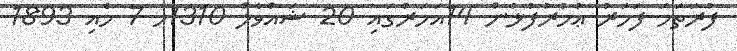
ފުރަތަމަ ފަހަރު ޢުމުރުފުޅުން 14އަހަރުގައި 20 ޝައްވާލް 1310ހ 7 މެއި 1893